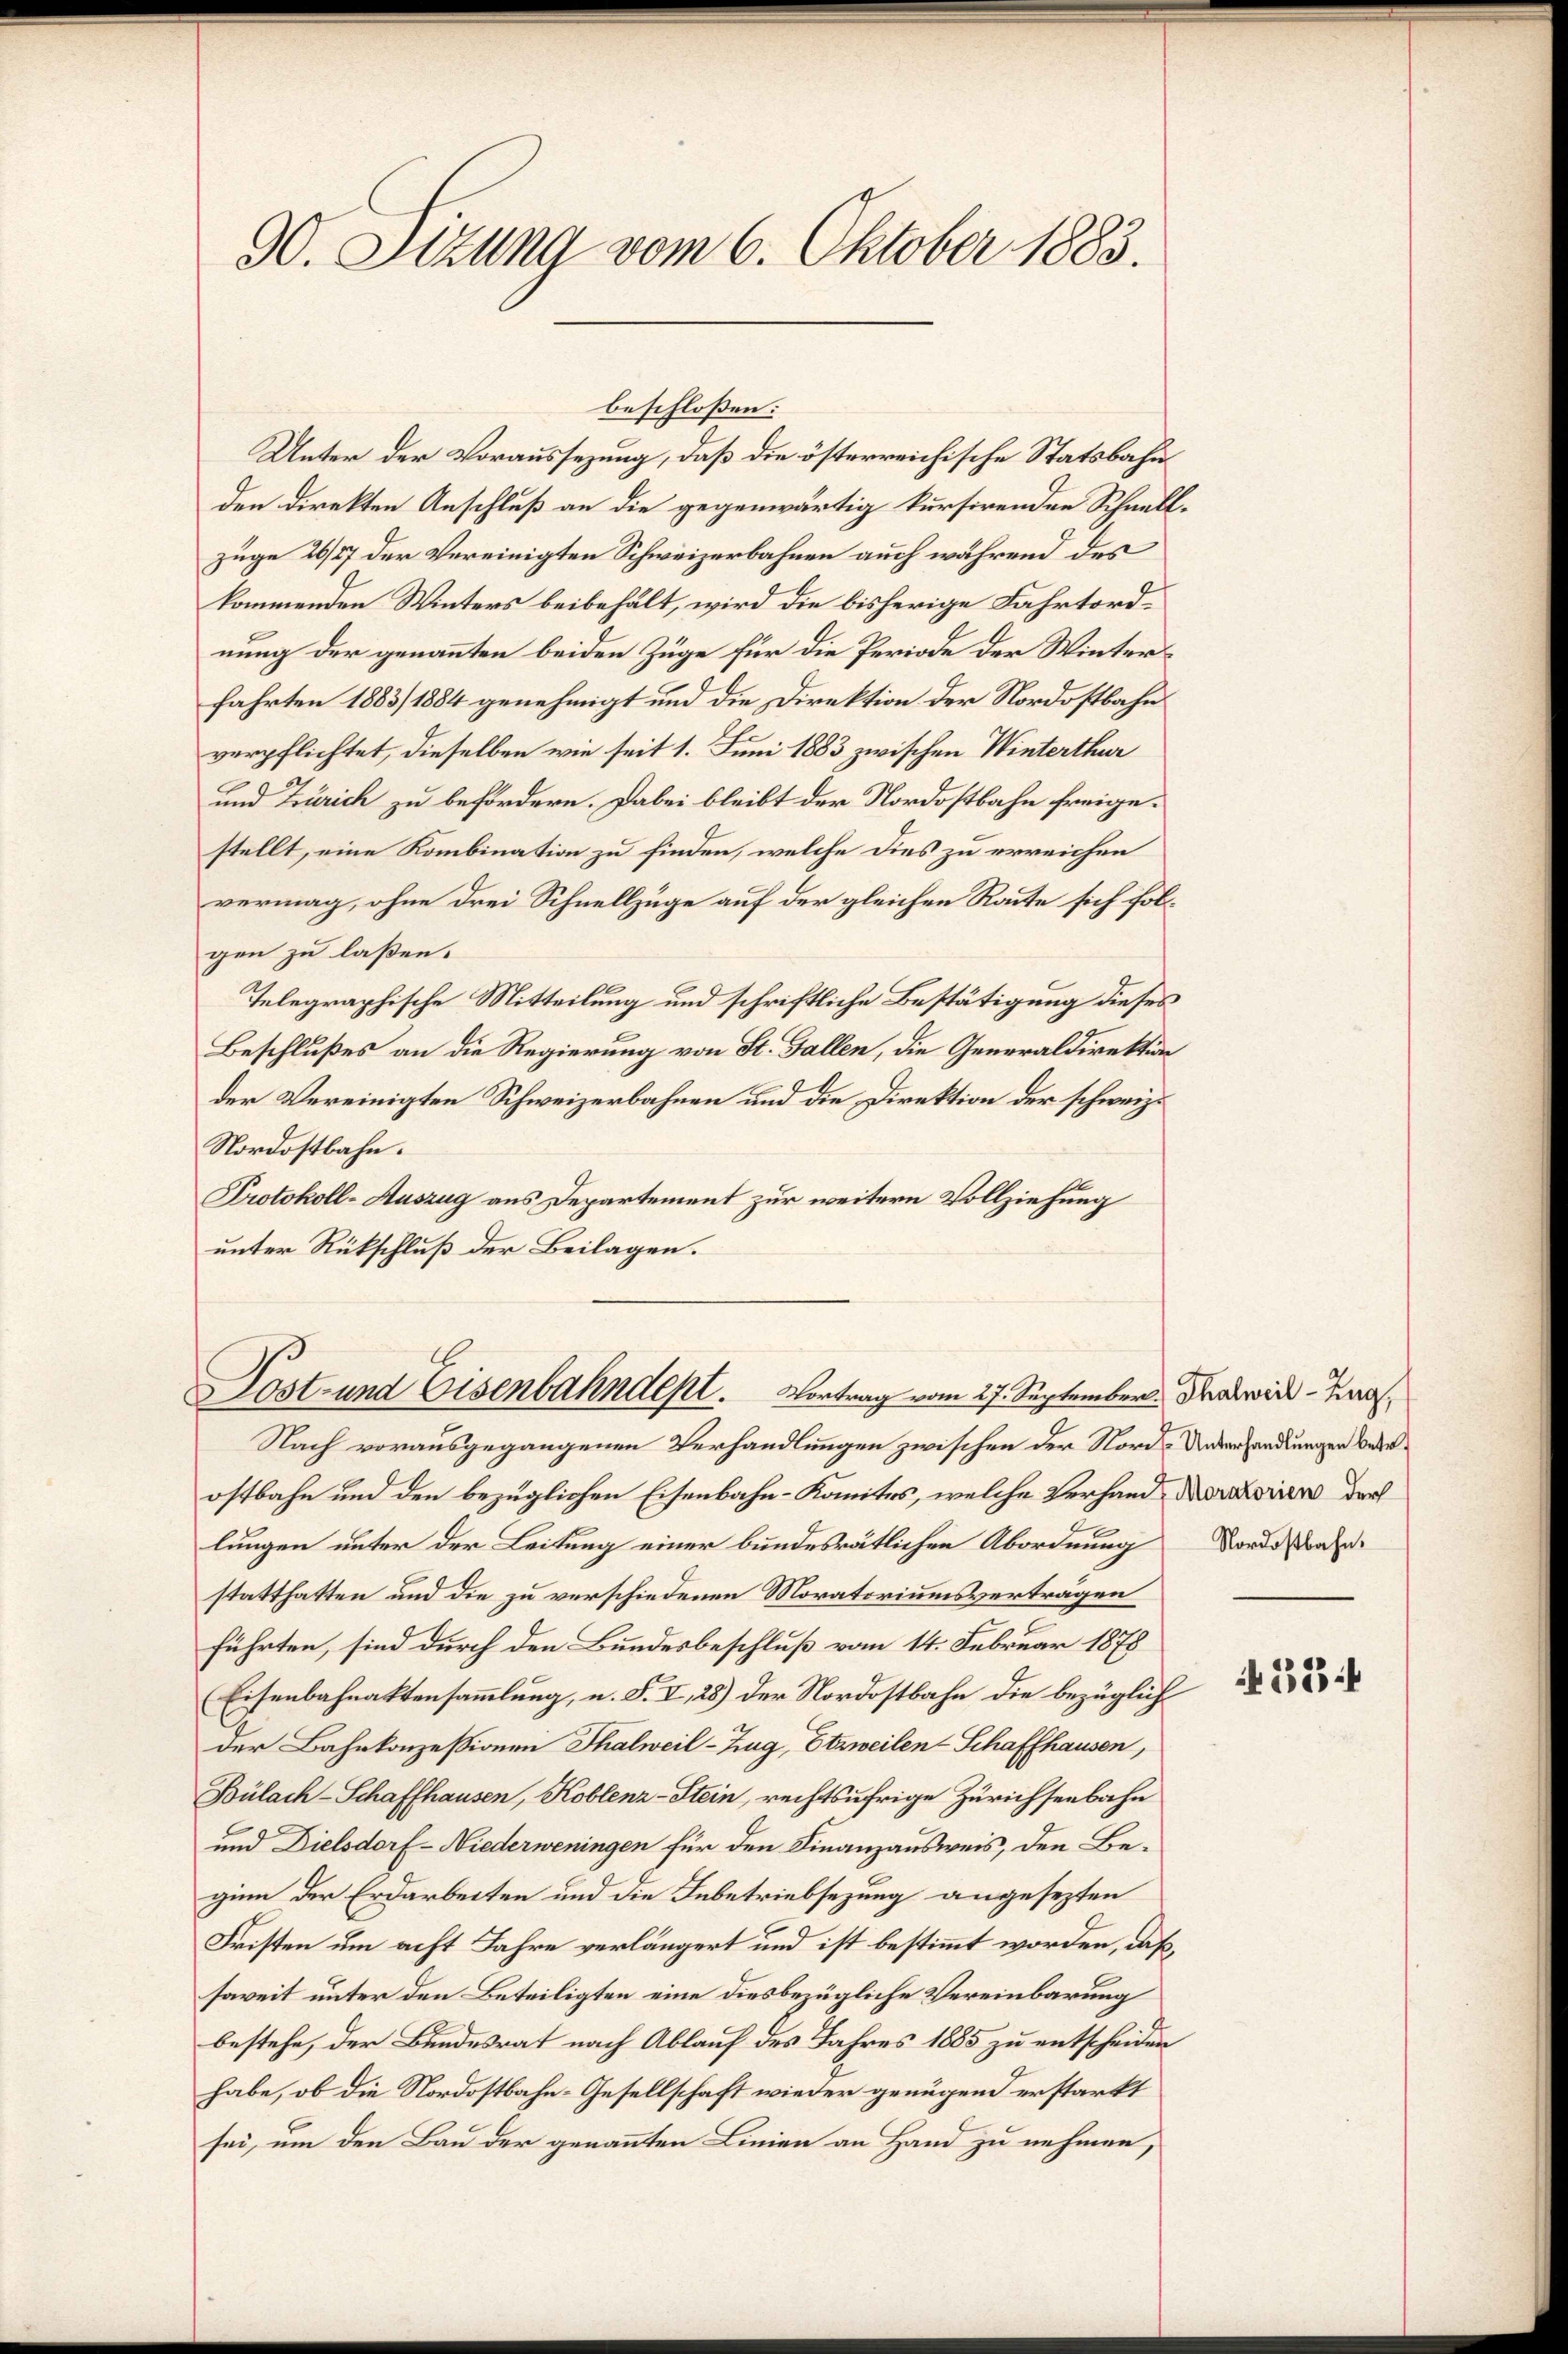
90. Sizung vom 6. Oktober 1883.

beschloßen:
Unter der Voraussezung, daß die österreichische Statsbahn
den direkten Anschluß an die gegenwärtig kursirenden Schnellzuge 26/7 der Vereinigten Schweizerbahnen auch während des
kommenden Winters beibehält, wird die bisherige Fahrtordnung der genannten beiden Züge für die Periode der Winterfahrten 1883/ 1884 genehmigt und die Direktion der Nordostbahn
verpflichtet, dieselben wie seit 1. Juni 1883 zwischen Winterthur
und Zürich zu befördern. Dabei bleibt der Nordostbahn freigestellt, eine Kombination zu finden, welche dies zu erreichen
vermag, ohne drei Schnellzüge auf der gleichen Raute sich folgen zu laßen.
Telegraphische Mitteilung und schriftliche Bestätigung dieses
Beschlußes an die Regierung von St. Gallen, die Generaldirektion
der Vereinigten Schweizerbahnen und die Direktion der schweiz.
Nordostbahn.
Protokoll-Auszug aus Departement zur weitern Vollziehung
unter Rückschluß der Beilagen.

Lost- und Eisenbahndept. Vortrag vom 27. September. Das wird - Kan¬

Nach vorausgegangenen Verhandlungen zwischen der Nord- Unterhandlungen bedeostbahn und den bezüglichen Eisenbahn-Komites, welche Verhand der orien der
lungen unter der Leitung einer bundesrätlichen Abordnung Nordestrafe
statthatten und die zu verschiedenen Moratoriumsverträgen
führten, sind durch den Bundesbeschluß vom 14. Februar 1878
Eisenbahnaktensammlung, u. S. I, 28) der Nordostbahn die bezüglich
der Bahnkonzessionen Thalweil–Zug, Etzweilen-Schaffhausen,
Bülach-Schaffhausen, Koblenz-Stein, rechtsufrige Zürichseebahn
und Dielsdorf-Niederweningen für den Finanzausweis, den Beginn der Erdarbeiten und die Inbetriebsezung angesezten
Fristen um acht Jahre verlängert und ist bestimmt worden, daß,
soweit unter den Beteiligten eine diesbezügliche Vereinbarung
bestehe, der Bundesrat nach Ablauf des Jahres 1885 zu entscheiden
habe, ob die Nordostbahn-Gesellschaft wieder genügend erstarkt
sei, um den Bau der genannten Linien an Hand zu nehmen,

334